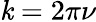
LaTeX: \mathit{k}=2\pi\nu